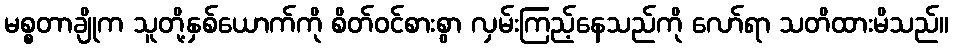
မစ္စတာချိုက သူတို့နှစ်ယောက်ကို စိတ်ဝင်စားစွာ လှမ်းကြည့်နေသည်ကို လော်ရာ သတိထားမိသည်။